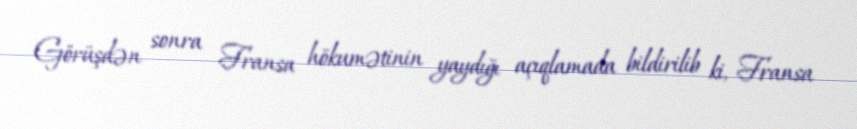
Görüşdən sonra Fransa hökumətinin yaydığı açıqlamada bildirilib ki, Fransa